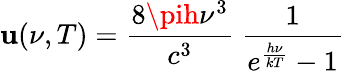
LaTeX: \mathbf{u}(\nu,T)={\frac{{8\pih\nu^{3}}}{{c^{3}}}}~{\frac{{1}}{{e^{\frac{{h\nu}}{{kT}}}-1}}}